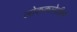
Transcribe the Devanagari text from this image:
लोककलेतील